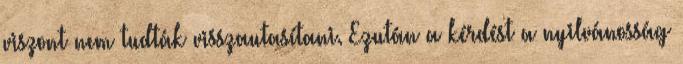
viszont nem tudták visszautasítani. Ezután a kérdést a nyilvánosság